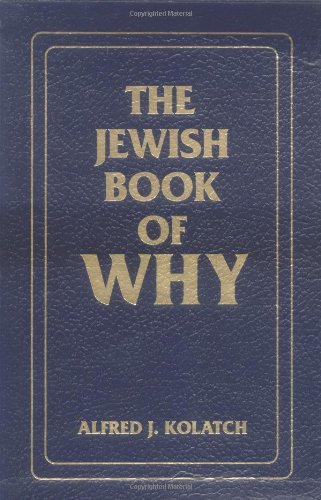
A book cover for The Jewish Book of Why & The Second Jewish Book of Why (2 volumes in slipcase); Alfred J. Kolatch; Religion & Spirituality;